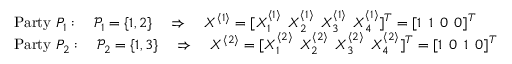
\begin{array} { r l } & { \mathrm { P a r t y } ~ P _ { 1 } : \quad \mathcal { P } _ { 1 } = \{ 1 , 2 \} \quad \Rightarrow \quad X ^ { \langle 1 \rangle } = [ X _ { 1 } ^ { \langle 1 \rangle } \: \: X _ { 2 } ^ { \langle 1 \rangle } \: \: X _ { 3 } ^ { \langle 1 \rangle } \: \: X _ { 4 } ^ { \langle 1 \rangle } ] ^ { T } = [ 1 \: \: 1 \: \: 0 \: \: 0 ] ^ { T } } \\ & { \mathrm { P a r t y } ~ P _ { 2 } : \quad \mathcal { P } _ { 2 } = \{ 1 , 3 \} \quad \Rightarrow \quad X ^ { \langle 2 \rangle } = [ X _ { 1 } ^ { \langle 2 \rangle } \: \: X _ { 2 } ^ { \langle 2 \rangle } \: \: X _ { 3 } ^ { \langle 2 \rangle } \: \: X _ { 4 } ^ { \langle 2 \rangle } ] ^ { T } = [ 1 \: \: 0 \: \: 1 \: \: 0 ] ^ { T } } \end{array}